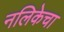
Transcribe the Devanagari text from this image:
नलिकेचा